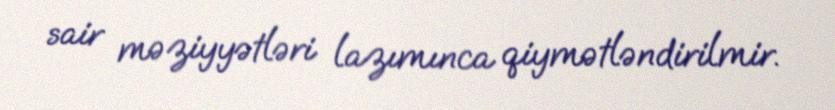
sair məziyyətləri lazımınca qiymətləndirilmir.